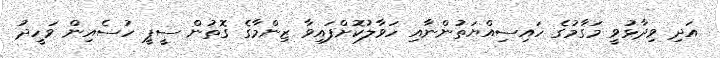
އަދި ވިދާޅުވީ މަގާމުގެ ހައިސިއްޔަތުންނާއި ހަވާލުކޮށްފައިވާ ޒިންމާގެ ގޮތުން ސީޕީ ހުސެއިން ވަހީދު